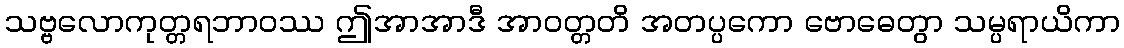
သဗ္ဗလောကုတ္တရဘာဝဿ ဤအာအာဒီ အာဝတ္တတိ အတပ္ပကော ဗောဓေတွာ သမ္ပရာယိကာ